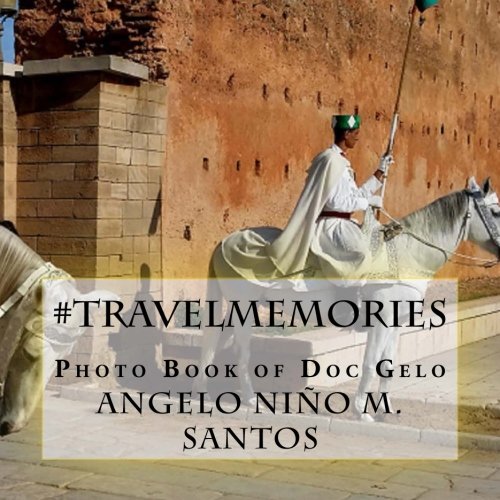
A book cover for #travelmemories: Photo Book of Doc Gelo; Angelo Nino M. Santos; Travel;